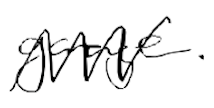
Text: garage.
Cross-out: zig-zag
Writing tool: digital_black